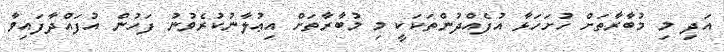
އަދި މި މުބާރާތަށް ހުށަހަޅާ އުފެއްދުންތަކަކީ މި މުބާރާތަށް އިޢުލާނުކުރެވުނު ފަހުން އުފައްދާފައިވާ